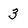
Character: 3